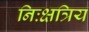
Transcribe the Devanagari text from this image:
निःक्षत्रिय